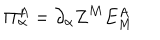
\Pi _ { \alpha } ^ { A } = \partial _ { \alpha } Z ^ { M } E _ { M } ^ { A }